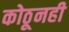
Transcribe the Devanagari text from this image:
कोठूनही